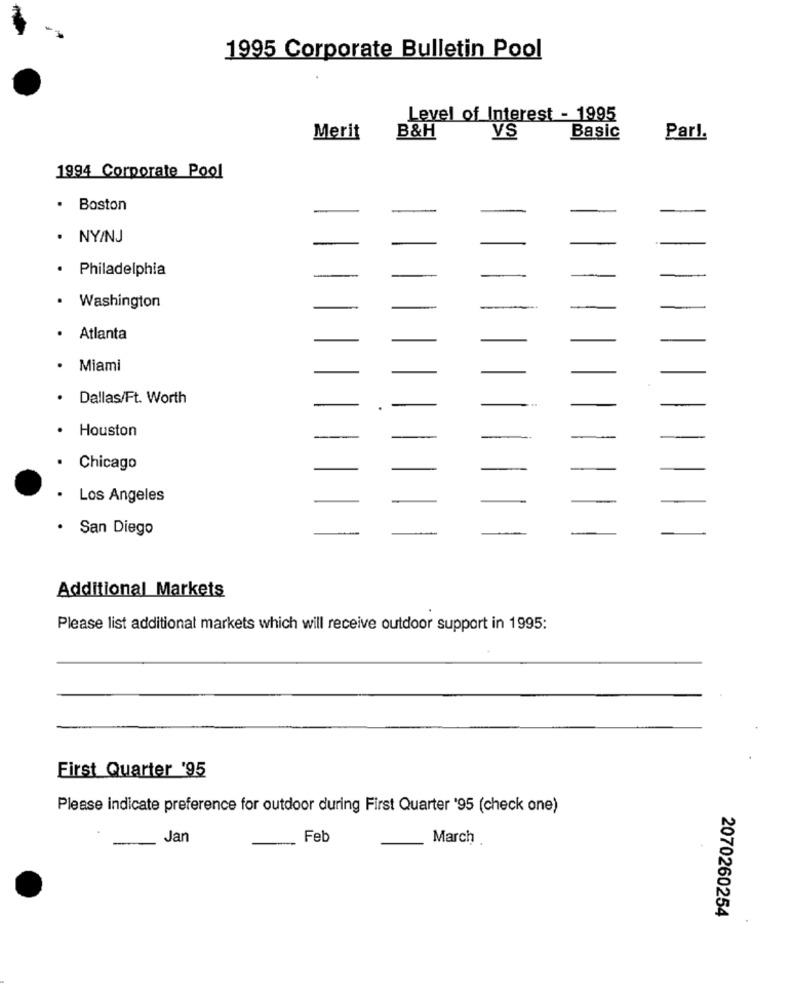
1995 Corporate Bulletin Pool
Level of Interest - 1995
VS
Merit
B&H
Basic
Par !.
1994 Corporate Pool
. Boston
· NY/NJ
· Philadelphia
. Washington
Atlanta
· Miami
Dallas/Ft. Worth
Houston
Chicago
.Los Angeles
· San Diego
Additional Markets
Please list additional markets which will receive outdoor support in 1995:
First Quarter '95
Please indicate preference for outdoor during First Quarter '95 (check one)
Jan
Feb
March
2070260254